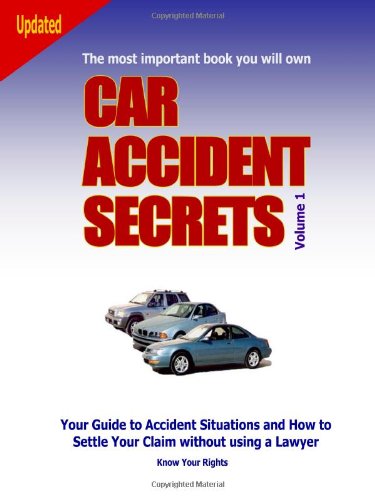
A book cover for Car Accident Secrets, Vol. 1; DS Publications; Engineering & Transportation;